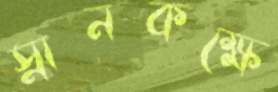
স্নানকক্ষে